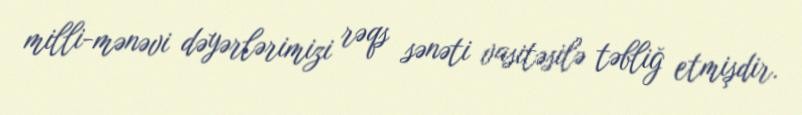
milli-mənəvi dəyərlərimizi rəqs sənəti vasitəsilə təbliğ etmişdir.